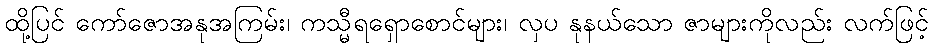
ထို့ပြင် ကော်ဇောအနုအကြမ်း၊ ကသ္မီရရှောစောင်များ၊ လှပ နုနယ်သော ဇာများကိုလည်း လက်ဖြင့်